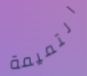
التميمة